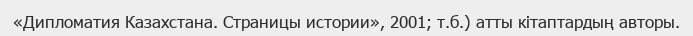
«Дипломатия Казахстана. Страницы истории», 2001; т.б.) атты кітаптардың авторы.